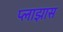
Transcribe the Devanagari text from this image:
प्लाझास